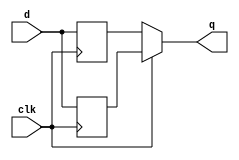
module top_module (
    input clk,
    input d,
    output q
);
    reg cache1,cache2;
    always@(posedge clk) begin
        cache1 <= d;
    end
    always@(negedge clk) begin
        cache2 <= d;
    end
    assign q = clk? cache1:cache2;
endmodule